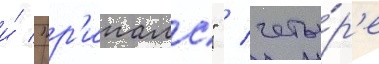
и́ "р'ипалс" / четы́р'е